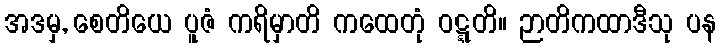
အဒမှ, စေတိယေ ပူဇံ ကရိမှာတိ ကထေတုံ ဝဋ္ဋတိ။ ဉာတိကထာဒီသု ပန